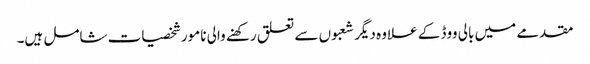
مقدمے میں بالی ووڈ کے علاوہ دیگر شعبوں سے تعلق رکھنے والی نامور شخصیات شامل ہیں۔